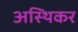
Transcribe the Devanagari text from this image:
अस्थिकर